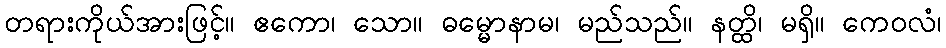
တရားကိုယ်အားဖြင့်။ ဧကော၊ သော။ ဓမ္မောနာမ၊ မည်သည်။ နတ္ထိ၊ မရှိ။ ကေဝလံ၊